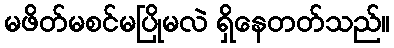
မဖိတ်မစင်မပြိုမလဲ ရှိနေတတ်သည်။